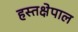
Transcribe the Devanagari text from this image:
हस्तक्षेपाल